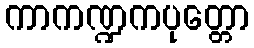
ကာကဏ္ဍကပုတ္တော